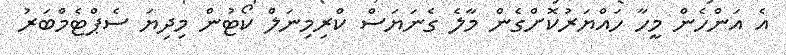
އެ އަންހެން މީހާ ހައްޔަރުކޮށްގެން މާލެ ގެނަޔަސް ކްރިމިނަލް ކޯޓުން މިދިޔަ ސެޕްޓެމްބަރު